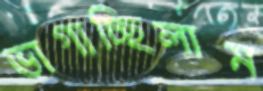
ভাগাচ্ছিলাম